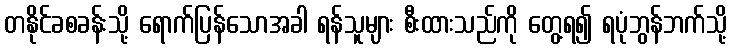
တနိုင်ခစခန်းသို့ ရောက်ပြန်သောအခါ ရန်သူများ စီးထားသည်ကို တွေ့ရ၍ ရပုံဘွန်ဘက်သို့